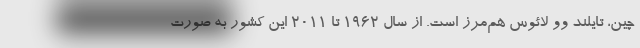
چین، تایلند وو لائوس هم‌مرز است. از سال 1962 تا 2011 این کشور به صورت